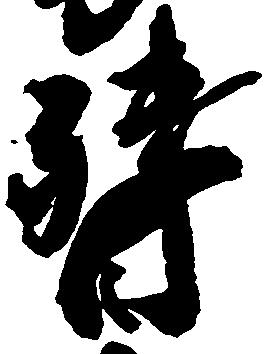
督